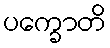
ပက္ခောတိ